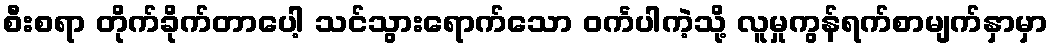
စီးစရာ တိုက်ခိုက်တာပေါ့ သင်သွားရောက်သော ဝင်္ကပါကဲ့သို့ လူမှုကွန်ရက်စာမျက်နှာမှာ